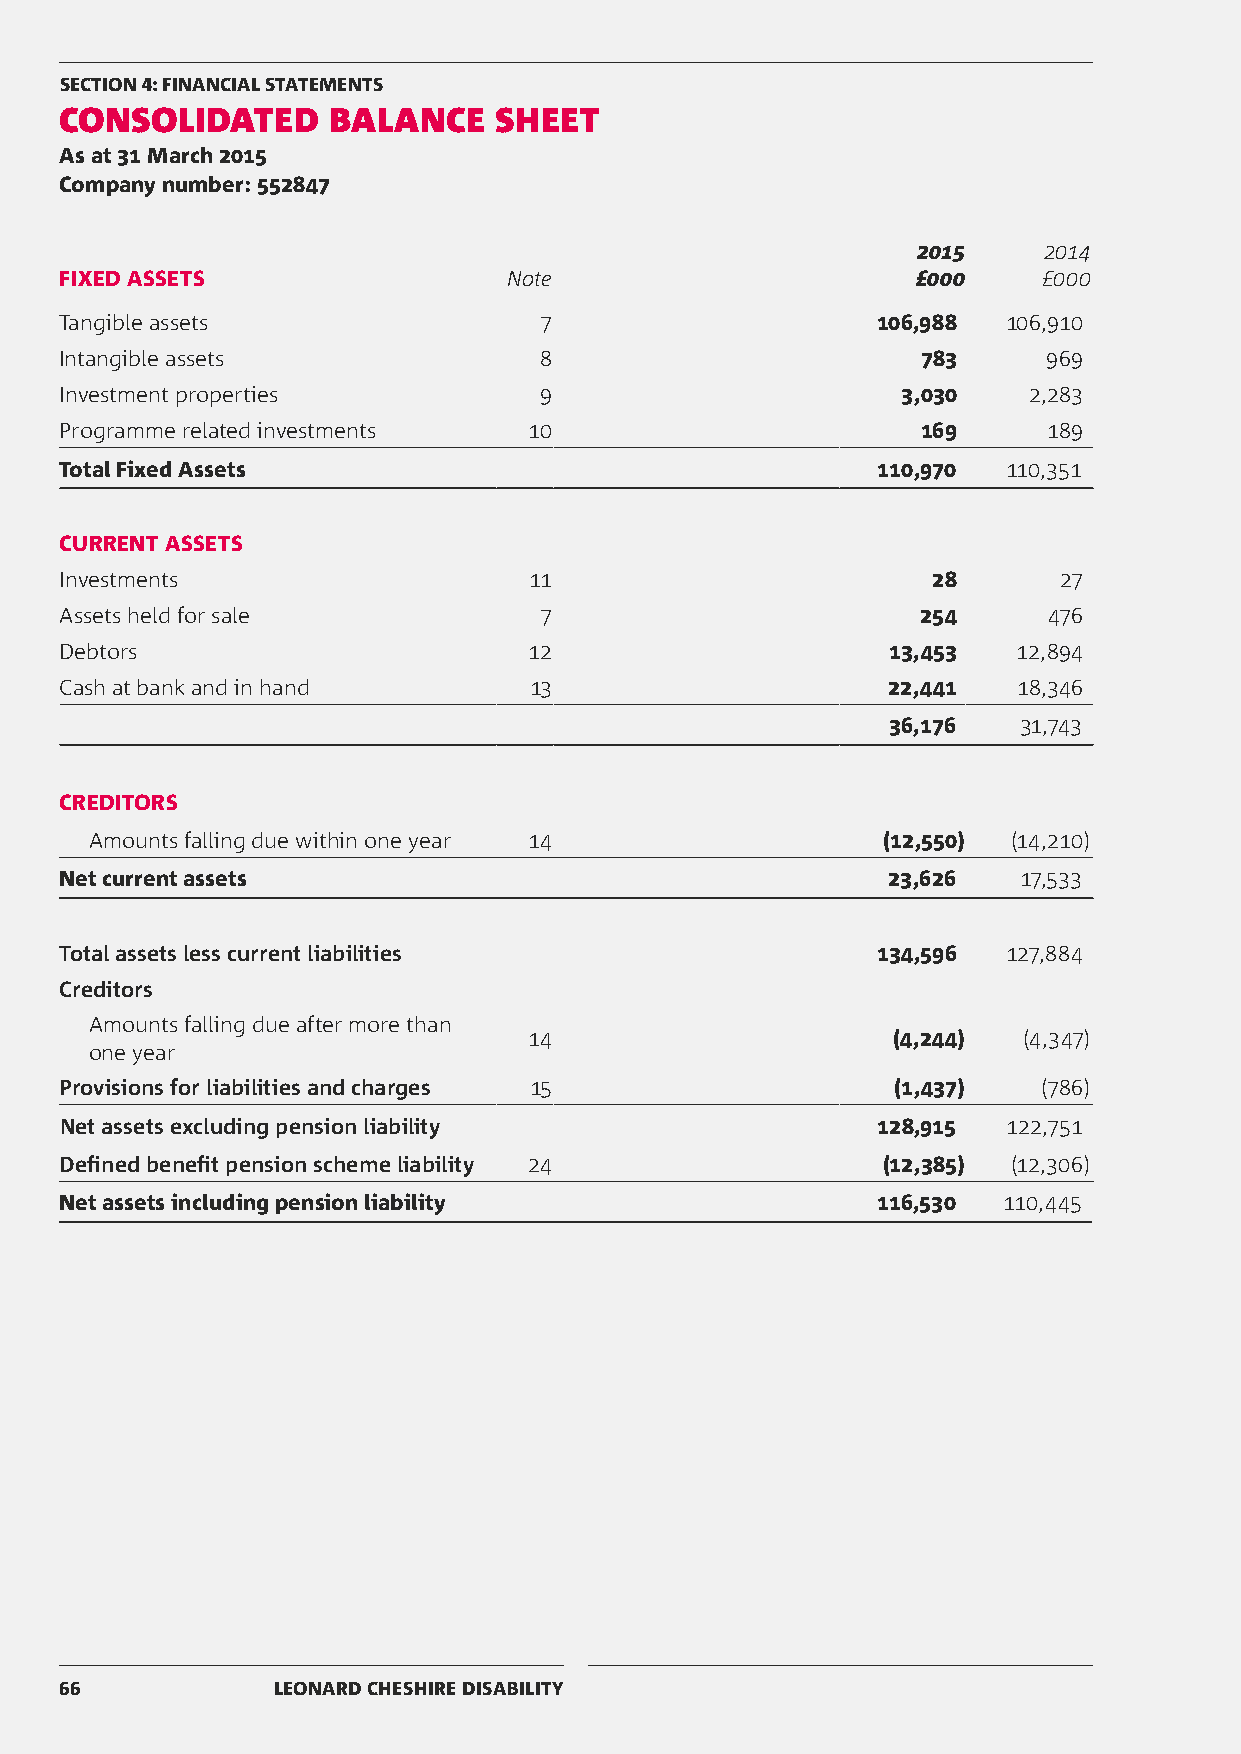
SECTION 4: FINANCIAL STATEMENTS
 CONSOLIDATED      BALANCE    SHEET
 As at 31 March 2015
 Company number: 552847
 2015    2014
 FIXED ASSETS                  Note                       £000    £000
 Tangible assets                 7                     106,988  106,910
 Intangible assets               8                        783     969
 Investment properties           9                       3,030   2,283
 Programme related investments  10                        169     189
 Total Fixed Assets                                    110,970  110,351
 CURRENT ASSETS
 Investments                    11                         28      27
 Assets held for sale            7                        254     476
 Debtors                        12                      13,453  12,894
 Cash at bank and in hand       13                      22,441  18,346
 36,176  31,743
 CREDITORS
 Amounts falling due within one year 14              (12,550) (14,210)
 Net current assets                                     23,626   17,533
 Total assets less current liabilities                 134,596  127,884
 Creditors
 Amounts falling due after more than
 14                      (4,244)  (4,347)
 one year
 Provisions for liabilities and charges 15              (1,437)   (786)
 Net assets excluding pension liability                128,915  122,751
 Defined benefit pension scheme liability 24           (12,385) (12,306)
 Net assets including pension liability                116,530 110,445
 66            LEONARD CHESHIRE DISABILITY